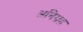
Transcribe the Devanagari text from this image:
अनिग्रह